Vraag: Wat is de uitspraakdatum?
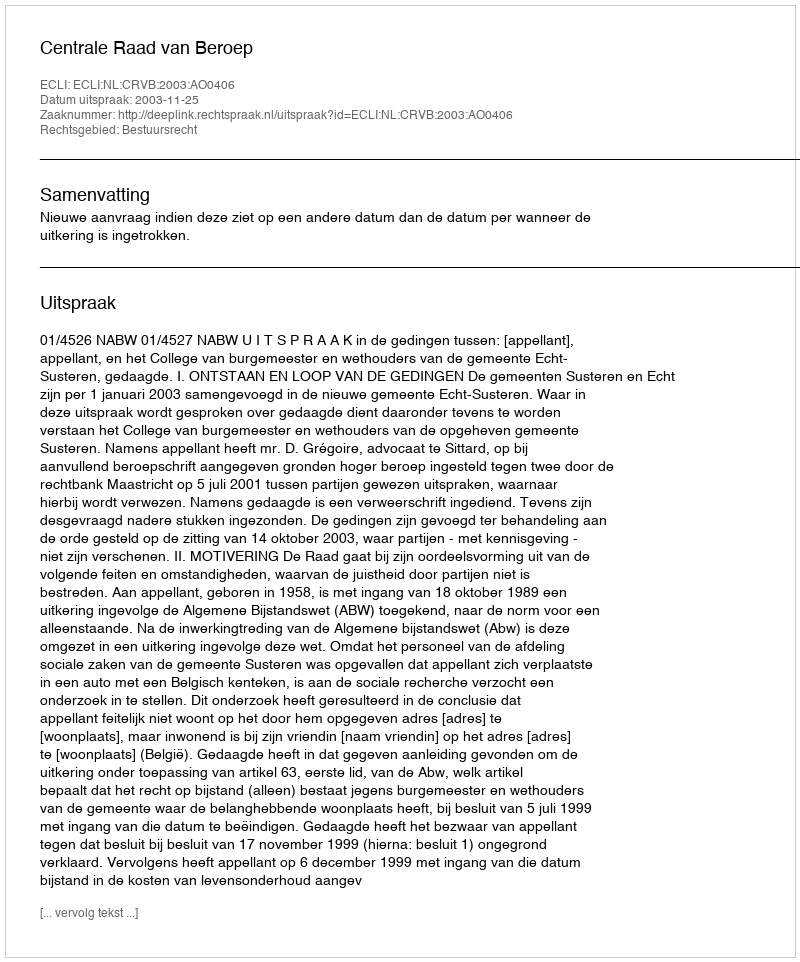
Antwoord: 2003-11-25